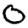
Digit: 0